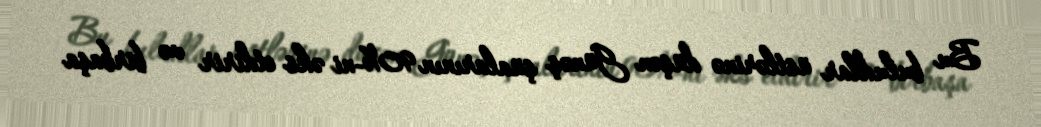
Bu buludlar üstlərinə düşən Günəş şüalarının 90%-ni əks etdirir və birbaşa